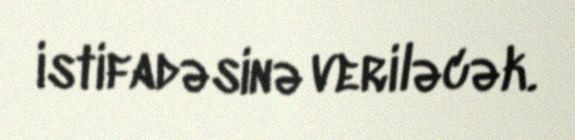
istifadəsinə veriləcək.